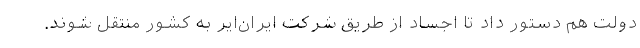
دولت هم دستور داد تا اجساد از طریق شرکت ایران‌ایر به کشور منتقل شوند.